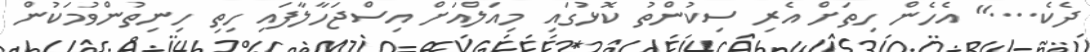
ދެކެ...." އެހެން ހިތަށް އެރި ސިކުންތު ކޮޅުގައި މިއަލްއަށް އިސްޖަހާލާފައި ހިތި ހިނިތުންވުމަކުން